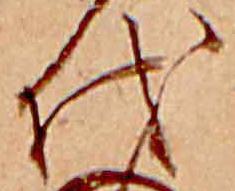
代